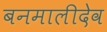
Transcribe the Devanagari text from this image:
बनमालीदेव